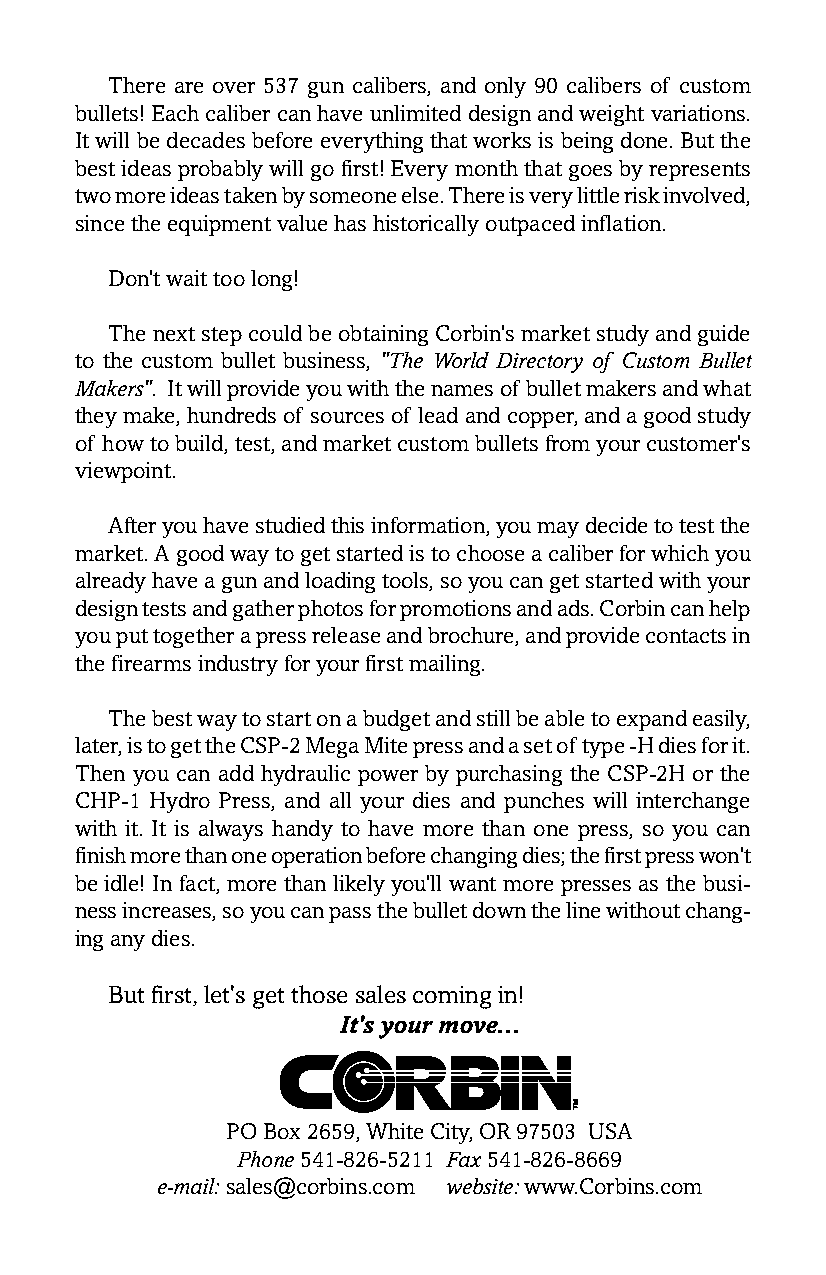
There are over 537 gun calibers, and only 90 calibers of custom
 bullets! Each caliber can have unlimited design and weight variations.
 It will be decades before everything that works is being done. But the
 best ideas probably will go first! Every month that goes by represents
 two more ideas taken by someone else. There is very little risk involved,
 since the equipment value has historically outpaced inflation.
 Don’t wait too long!
 The next step could be obtaining Corbin’s market study and guide
 to the custom bullet business, "The World Directory of Custom Bullet
 Makers". It will provide you with the names of bullet makers and what
 they make, hundreds of sources of lead and copper, and a good study
 of how to build, test, and market custom bullets from your customer’s
 viewpoint.
 After you have studied this information, you may decide to test the
 market. A good way to get started is to choose a caliber for which you
 already have a gun and loading tools, so you can get started with your
 design tests and gather photos for promotions and ads. Corbin can help
 you put together a press release and brochure, and provide contacts in
 the firearms industry for your first mailing.
 The best way to start on a budget and still be able to expand easily,
 later, is to get the CSP-2 Mega Mite press and a set of type -H dies for it.
 Then you can add hydraulic power by purchasing the CSP-2H or the
 CHP-1 Hydro Press, and all your dies and punches will interchange
 with it. It is always handy to have more than one press, so you can
 finish more than one operation before changing dies; the first press won’t
 be idle! In fact, more than likely you’ll want more presses as the busi-
 ness increases, so you can pass the bullet down the line without chang-
 ing any dies.
 But first, let’s get those sales coming in!
 It’s your move...
 PO Box 2659, White City, OR 97503 USA
 Phone 541-826-5211 Fax 541-826-8669
 e-mail: sales@corbins.com website: www.Corbins.com